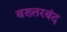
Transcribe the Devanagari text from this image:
बख्‍तरबंद